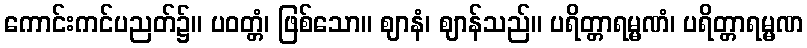
ကောင်းကင်ပညတ်၌။ ပဝတ္တံ၊ ဖြစ်သော။ ဈာနံ၊ ဈာန်သည်။ ပရိတ္တာရမ္မဏံ၊ ပရိတ္တာရမ္မဏ